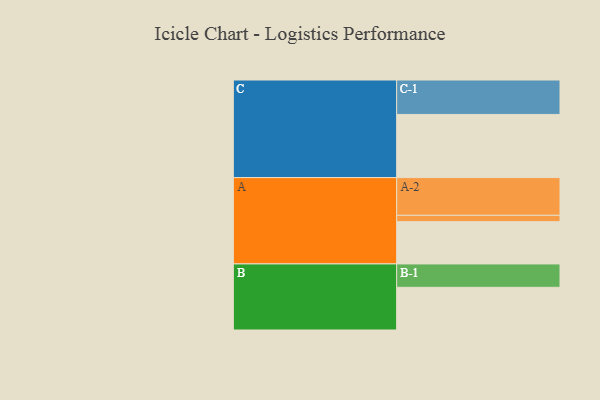
{"axis": {"x": "Segment", "y": "Value"}, "legend": ["", "A", "B", "C"], "data": [{"x": "A", "y": 334, "type": ""}, {"x": "B", "y": 337, "type": ""}, {"x": "C", "y": 499, "type": ""}, {"x": "A-1", "y": 50, "type": "A"}, {"x": "A-2", "y": 298, "type": "A"}, {"x": "B-1", "y": 185, "type": "B"}, {"x": "C-1", "y": 272, "type": "C"}]}